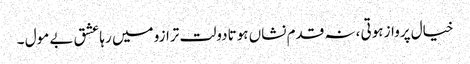
خیال پرواز ہوتی ،نہ قدم نشاں ہوتادولت ترازو میں رہاعشق بے مول ۔